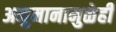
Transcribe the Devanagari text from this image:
अनुमानामुळेही